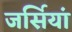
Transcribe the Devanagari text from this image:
जर्सियां